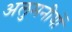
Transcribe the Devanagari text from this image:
अलुमनीयों